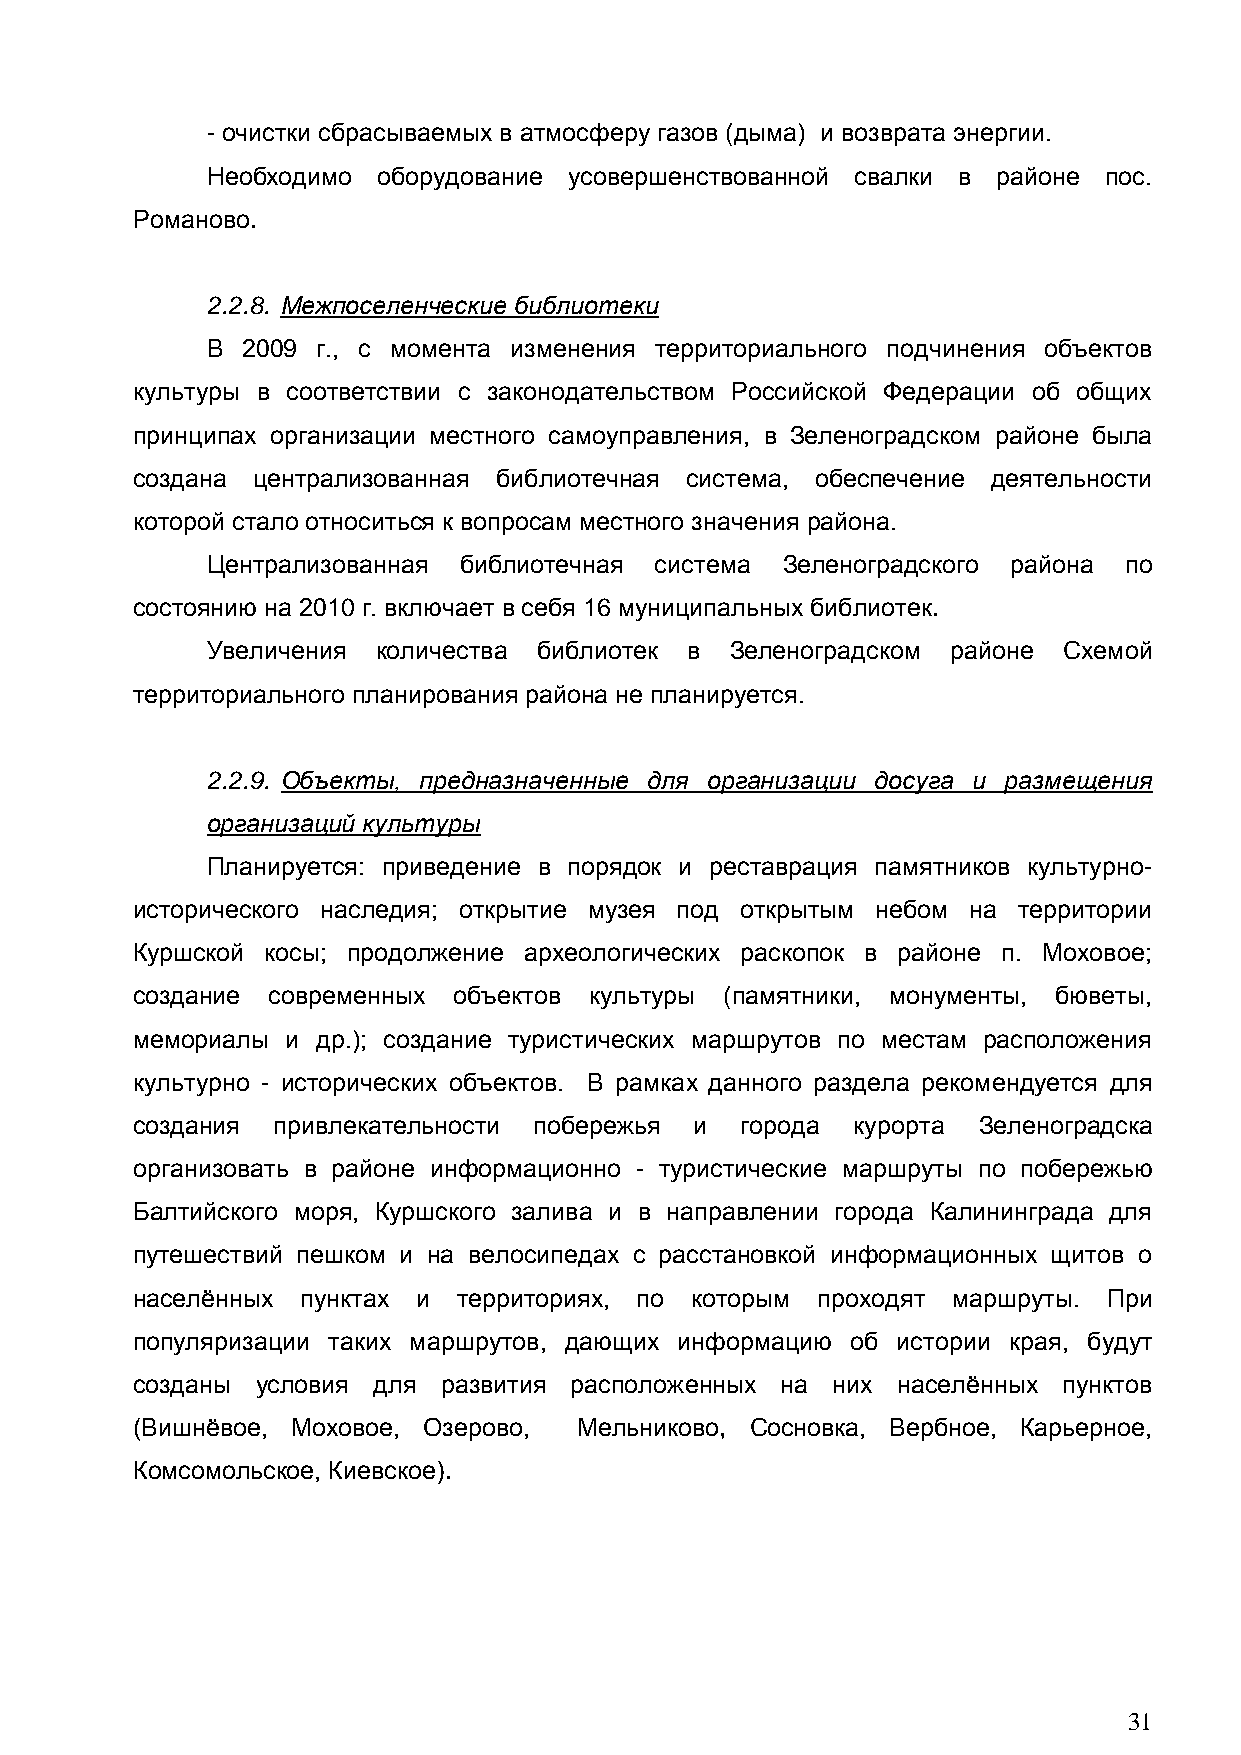
- очистки сбрасываемых в атмосферу газов (дыма) и возврата энергии.
 Необходимо оборудование усовершенствованной свалки в районе пос.
 Романово.
 2.2.8. Межпоселенческие библиотеки
 В 2009 г., с момента изменения территориального подчинения объектов
 культуры в соответствии с законодательством Российской Федерации об общих
 принципах организации местного самоуправления, в Зеленоградском районе была
 создана централизованная библиотечная система, обеспечение деятельности
 которой стало относиться к вопросам местного значения района.
 Централизованная библиотечная система Зеленоградского района по
 состоянию на 2010 г. включает в себя 16 муниципальных библиотек.
 Увеличения количества библиотек в Зеленоградском районе Схемой
 территориального планирования района не планируется.
 2.2.9. Объекты, предназначенные для организации досуга и размещения
 организаций культуры
 Планируется: приведение в порядок и реставрация памятников культурно-
 исторического наследия; открытие музея под открытым небом на территории
 Куршской косы; продолжение археологических раскопок в районе п. Моховое;
 создание современных объектов культуры (памятники, монументы, бюветы,
 мемориалы и др.); создание туристических маршрутов по местам расположения
 культурно - исторических объектов. В рамках данного раздела рекомендуется для
 создания привлекательности побережья и  города  курорта Зеленоградска
 организовать в районе информационно - туристические маршруты по побережью
 Балтийского моря, Куршского залива и в направлении города Калининграда для
 путешествий пешком и на велосипедах с расстановкой информационных щитов о
 населѐнных пунктах и территориях, по которым проходят маршруты. При
 популяризации таких маршрутов, дающих информацию об истории края, будут
 созданы условия для развития расположенных на них населѐнных пунктов
 (Вишнѐвое, Моховое, Озерово, Мельниково, Сосновка, Вербное, Карьерное,
 Комсомольское, Киевское).
 31